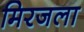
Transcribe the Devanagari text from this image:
मिरजला